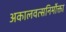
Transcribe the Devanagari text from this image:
अकालवत्सनिर्मोक्ता